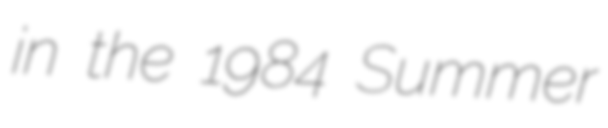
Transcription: in the 1984 Summer